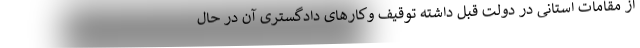
از مقامات استانی در دولت قبل داشته توقیف وکارهای دادگستری آن در حال